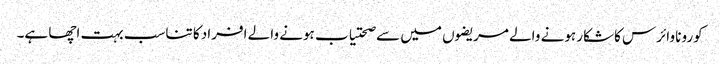
کورونا وائرس کاشکار ہونے والے مریضوں میں سے صحتیاب ہونے والے افراد کا تناسب بہت اچھا ہے۔